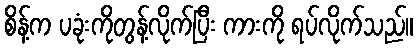
စိန့်က ပခုံးကိုတွန့်လိုက်ပြီး ကားကို ရပ်လိုက်သည်။